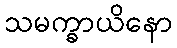
သမက္ခာယိနော